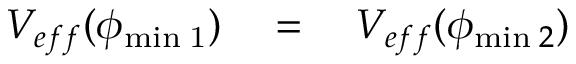
V _ { e f f } ( \phi _ { \mathrm { { m i n } \; 1 } } ) \quad = \quad V _ { e f f } ( \phi _ { \mathrm { m i n } \; 2 } )